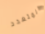
المتعدد